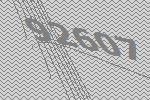
92607